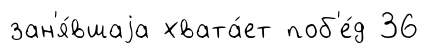
зан'я́вшаjа хвата́ет поб'е́д 36